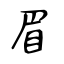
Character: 眉